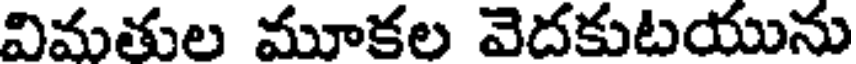
విమతుల మూకల వెదకుటయును